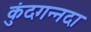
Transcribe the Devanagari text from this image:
कुंदगन्नदा